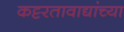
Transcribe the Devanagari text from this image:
कट्टरतावाद्यांच्या